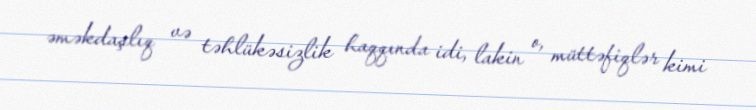
əməkdaşlıq və təhlükəsizlik haqqında idi, lakin o, müttəfiqlər kimi